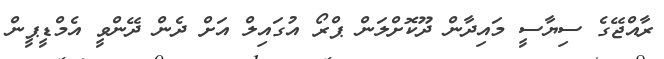
ރާއްޖޭގެ ސިޔާސީ މައިދާން ދޫކޮށްލަން ޕްރޯ އުގައިލް އަށް ދެން ދޭންވީ އެމްޑީޕީން